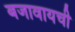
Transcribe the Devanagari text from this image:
बजावायची